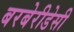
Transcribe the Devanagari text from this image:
बरबेरीडेसी